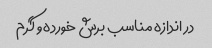
در اندازه مناسب برش خورده و گرم